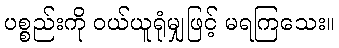
ပစ္စည်းကို ဝယ်ယူရုံမျှဖြင့် မရကြသေး။